画像に写った文字を読んでください
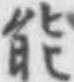
「能」と書いてあります